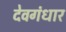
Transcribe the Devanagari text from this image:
देवगंधार